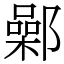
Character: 鄵